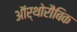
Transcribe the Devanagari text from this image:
ऑर्थोरौबिक